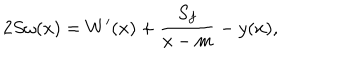
2 S \omega ( x ) = W ^ { \prime } ( x ) + \frac { S _ { f } } { x - m } - y ( x ) ,